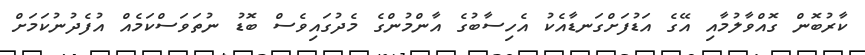
ކާރުބޮން ގޮއްވާލުމާއި އޭގެ އަޑުފަށްގަނޑާއެކު އެހިސާބުގެ އާންމުންގެ މެދުގައިވެސް ބޮޑު ނުތަވަސްކަމެއް އުފެދުނުކަމަށް